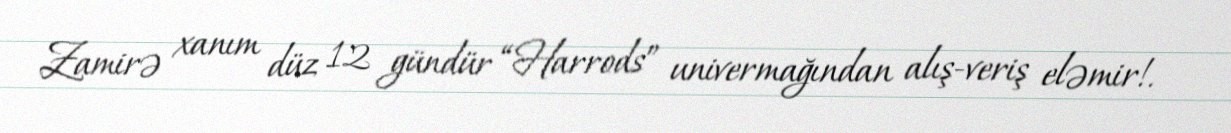
Zamirə xanım düz 12 gündür “Harrods” univermağından alış-veriş eləmir!.